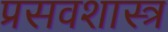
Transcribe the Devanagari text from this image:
प्रसवशास्त्र